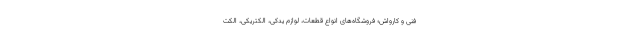
فنی و کارواش؛ فروشگاه‌های انواع قطعات، لوازم یدکی، الکتریکی، الکت